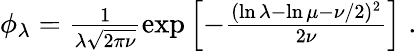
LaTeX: \begin{array}{r}{\phi_{\lambda}=\frac{1}{\lambda\sqrt{2\pi\nu}}\exp\left[-\frac{(\ln\lambda-\ln\mu-\nu/2)^{2}}{2\nu}\right]\; .}\end{array}